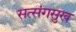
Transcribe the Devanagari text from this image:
सत्संगसुख